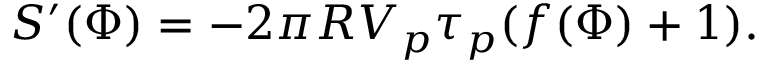
S ^ { \prime } ( \Phi ) = - 2 \pi R V _ { p } \tau _ { p } ( f ( \Phi ) + 1 ) .